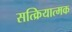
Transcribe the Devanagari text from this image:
सत्क्रियात्मक